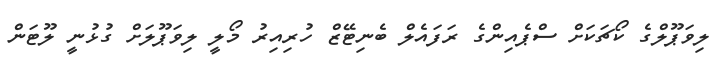
ލިވަޕޫލްގެ ކޯޗަކަށް ސްޕެއިންގެ ރަފައެލް ބެނިޓޭޒް ހުރިއިރު މޯލީ ލިވަޕޫލަށް ގުޅުނީ ލޫޓަން